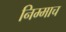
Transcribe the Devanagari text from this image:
निम्माच